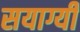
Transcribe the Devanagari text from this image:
सयाग्यी